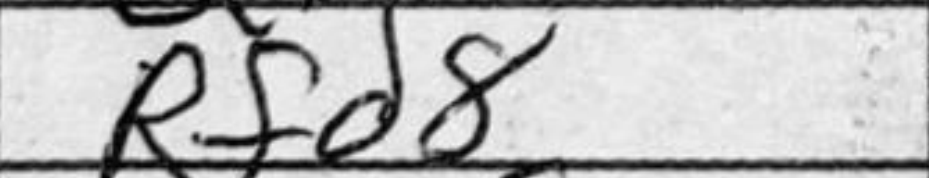
Transcription: Rfd8